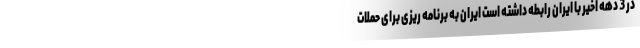
در 3 دهه اخیر با ایران رابطه داشته است ایران به برنامه ریزی برای حملات